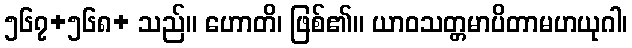
၅၆၇+၅၆၈+ သည်။ ဟောတိ၊ ဖြစ်၏။ ယာဝသတ္တမာပိတာမဟယုဂါ၊